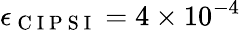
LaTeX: \epsilon_{\mathrm{~C~I~P~S~I~}}=4\times 10^{-4}